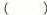
( )